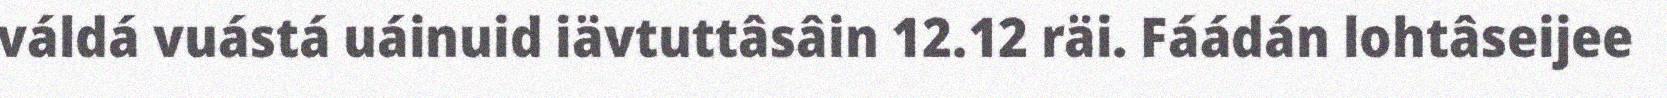
váldá vuástá uáinuid iävtuttâsâin 12.12 räi. Fáádán lohtâseijee